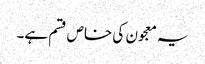
یہ معجون کی خاص قسم ہے۔